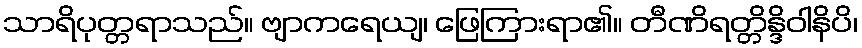
သာရိပုတ္တရာသည်။ ဗျာကရေယျ၊ ဖြေကြားရာ၏။ တီဏိရတ္တိန္ဒိဝါနိပိ၊